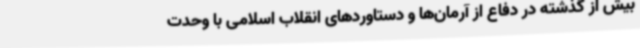
بیش از گذشته در دفاع از آرمان‌ها و دستاوردهای انقلاب اسلامی با وحدت